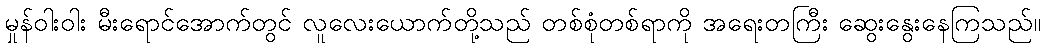
မှုန်ဝါးဝါး မီးရောင်အောက်တွင် လူလေးယောက်တို့သည် တစ်စုံတစ်ရာကို အရေးတကြီး ဆွေးနွေးနေကြသည်။